Report on the lunatic asylums under the Government of Bombay - 1904-1913
Year: 1904
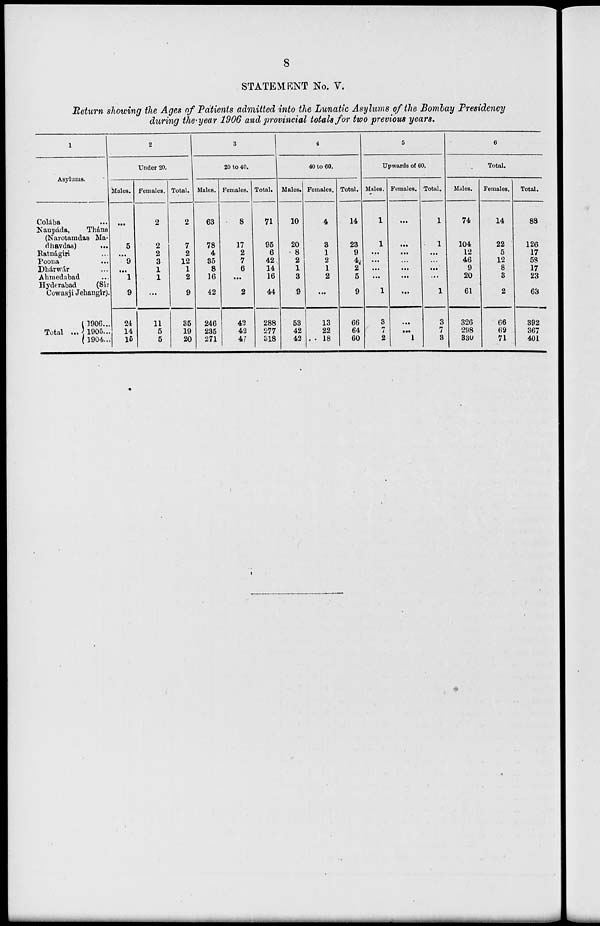
8
STATEMENT No. V.
Return showing the Ages of Patients admitted into the Lunatic Asylums of the Bombay Presidency
during the-year 1906 and provincial totals for two previous years.
1
Asylums.
Colába
Naupáda, Thána
(Narotamdas Ma-
dhavdas)
...
Ratnágiri ...
Poona ...
Dhárwár ...
Ahmedabad ...
Hyderabad
(Sir
Cowasji Jehangir).
Total ...
1906 ...
1905 ...
1904 ...
2
Under 20.
Males.
...
5
...
9
...
1
9
24
14
15
Females.
2
2
2
3
1
1
...
11
5
5
Total.
2
7
2
12
1
2
9
35
19
20
3
20 to 40.
Males.
63
78
4
35
8
16
42
246
235
271
Females.
8
17
2
7
6
...
2
42
42
47
Total.
71
95
6
42
14
16
44
288
277
318
4
40 to 60.
Males.
10
20
8
2
1
3
9
53
42
42
Females.
4
3
1
2
1
2
...
13
22
18
Total.
14
23
9
4
2
5
9
66
64
60
5
Upwards of 60.
Males.
1
1
...
...
...
...
1
3
7
2
Females.
...
...
....
...
...
...
...
...
...
1
Total.
1
1
...
...
...
...
1
3
7
3
6
Total.
Males.
74
104
12
46
9
20
61
326
298
330
Females.
14
22
5
12
8
3
2
66
69
71
Total.
88
126
17
58
17
23
63
392
367
401